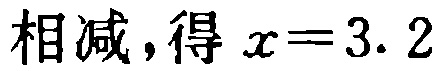
相减，得 \(x = 3.2\)